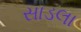
સાડલા